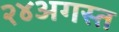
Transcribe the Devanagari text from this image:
२४अगस्त